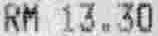
RM 13.30